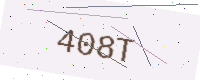
Text: 408T